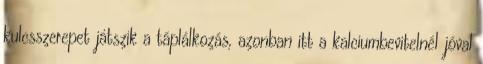
kulcsszerepet játszik a táplálkozás, azonban itt a kalciumbevitelnél jóval